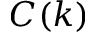
C ( k )